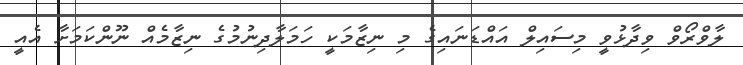
ލާވްރޯވް ވިދާޅުވީ މިސައިލް އައްޑަނައިގެ މި ނިޒާމަކީ ހަމަލާދިނުމުގެ ނިޒާމެއް ނޫންކަމަށާ އެއީ